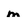
Character: m